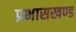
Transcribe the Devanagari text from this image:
प्रभासखण्ड